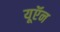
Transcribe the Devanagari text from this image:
यूऍन